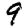
Digit: 9